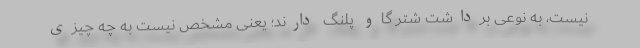
نیست، به نوعی برداشت شتر گاو پلنگ دارند؛ یعنی مشخص نیست به چه چیزی